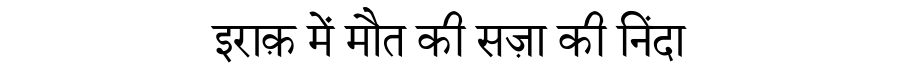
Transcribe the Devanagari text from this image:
इराक़ में मौत की सज़ा की निंदा